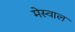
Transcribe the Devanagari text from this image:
मेस्वाल